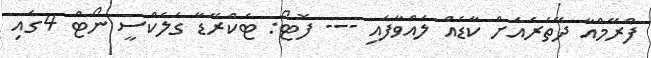
ފްރޭމްއާ ދޭތެރެއަށް ކާޑެއް ލައްވާފައި --- ފޮޓޯ: ޓެކްރޭޑާ ގެލެކްސީ ނޯޓް 4ގައި